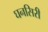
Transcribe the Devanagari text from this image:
घनसिरी